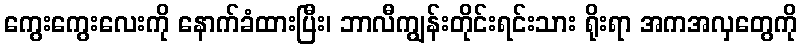
ကွေးကွေးလေးကို နောက်ခံထားပြီး၊ ဘာလီကျွန်းတိုင်းရင်းသား ရိုးရာ အကအလှတွေကို